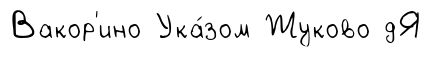
Вакор'ино Ука́зом Жуково дЯ